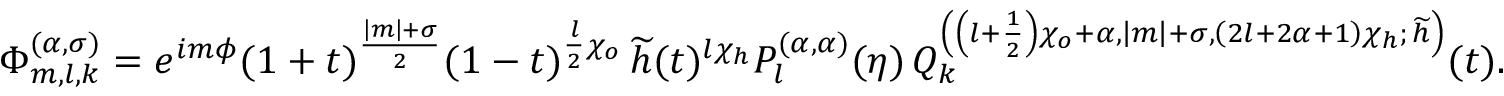
\Phi _ { m , l , k } ^ { ( \alpha , \sigma ) } = e ^ { i m \phi } ( 1 + t ) ^ { \frac { \left| m \right| + \sigma } { 2 } } ( 1 - t ) ^ { \frac { l } { 2 } \chi _ { o } } \, \widetilde { h } ( t ) ^ { l \chi _ { h } } P _ { l } ^ { ( \alpha , \alpha ) } ( \eta ) \, Q _ { k } ^ { \left( \left( l + \frac { 1 } { 2 } \right) \chi _ { o } + \alpha , \left| m \right| + \sigma , \left( 2 l + 2 \alpha + 1 \right) \chi _ { h } ; \, \widetilde { h } \right) } ( t ) .